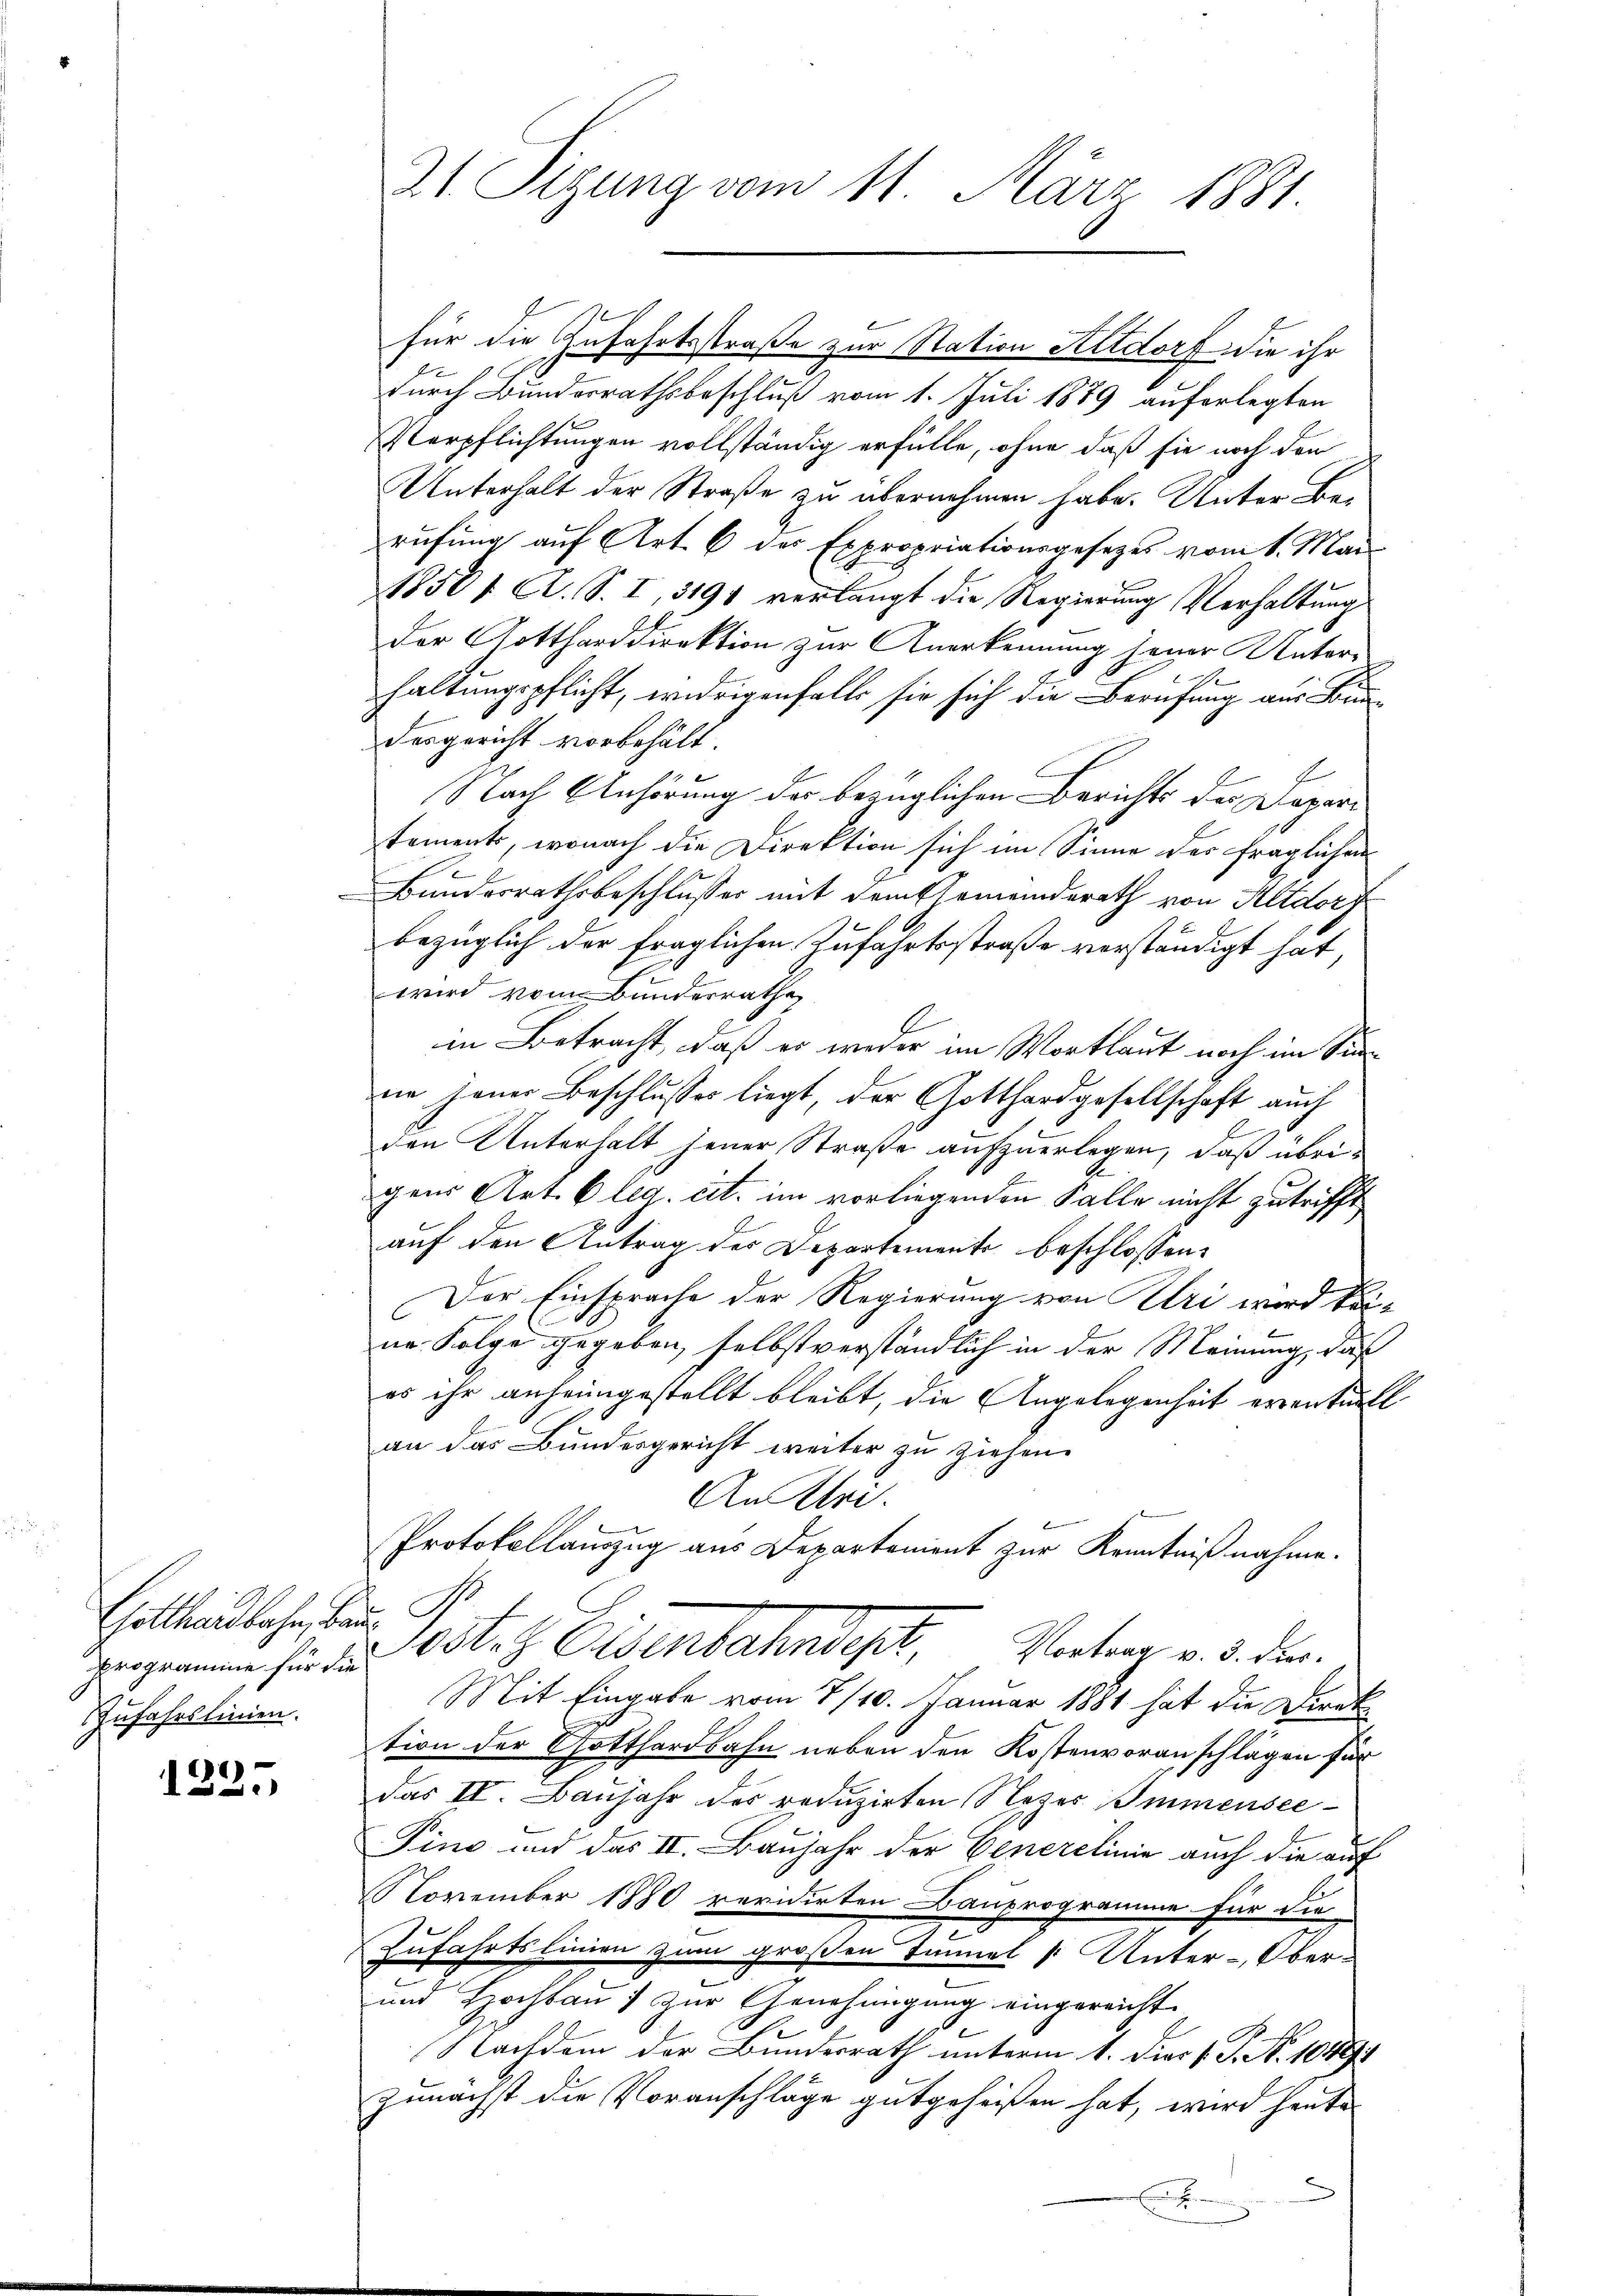
Gotthardbahn, bau
Programine für die
Zufahrslinien.

1325

für die Zufahrtsstraße zur Station Kitdorf die ihr
durch Bunderrathsbeschluß vom 1. Juli 1889 auferlegten
Verpflichtungen vollständig erfülle, ohne daß sie noch den
Unterhalt der Straße zu übernehmen habe. Unter Berufung auf Art. 6 des Expropriationsgesetzes vom 1. Mai
18501 Al. S. I, 3195 verlangt die Regierung Verhaltung
der Gottharddirektion zur Anerkennung jener Unter-
haltungspflicht, widrigenfalls sie sich die Berufung aus Bundesgericht vorbehält.
E
Nach Anhörung der bezüglichen Berichts des Daparitements, wonach die Direktion sich im Sinne der fraglichen
e
Bundesrathsbeschlusses mit dem Gemeindsrath von Altdorf
bezüglich der fraglichen Zufahrtsstraße verständigt hat
wird vom Bundesrathe
in Betracht, daß er weder im Wortlaut noch im Sinne jener Beschlusses liegt, der Gotthardgesellschaft auch
den Unterhalt jener Straße aufzuerlegen, daß übrigens Art. 6 leg. cit. im vorliegenden Falle nicht zutrifft,
auf den Antrag der Departements beschlossen:
Der Einsprache der Regierung von Uri wird keine Folge gegeben, selbst verständlich in der Meinung, daß
es ihr anheimgestellt bleibt, die Angelegenheit eventuell
an das Bundesgericht weiter zu ziehen.
An Uri.
.
Protokollauszug aus Departement zur Kenntnißnahme.
est. Eisenbahndie Vertrag v. 5. der
Mit Eingabe vom 7/10. Januar 1881 hat die Direk
tion der Gotthardbahn neben den Kostenvoranschlägen für
das II. Baujahr des reduzirten Nezes Immensee¬
Fino und das II. Baujahr der Generelinie auch die auf
November 1880 revidirten Bauprogramme für die
Zufahrtslinien zum großen Immel (: Unter-Ober-
und Hochbau) zur Genehmigung eingereicht
Nachdem der Bundesrath unterm 1. Diect. P. N. 10494
Zunächst die Voranschläge gutgeheißen hat, wird heute

21 Sizung vom 11. März 1881.